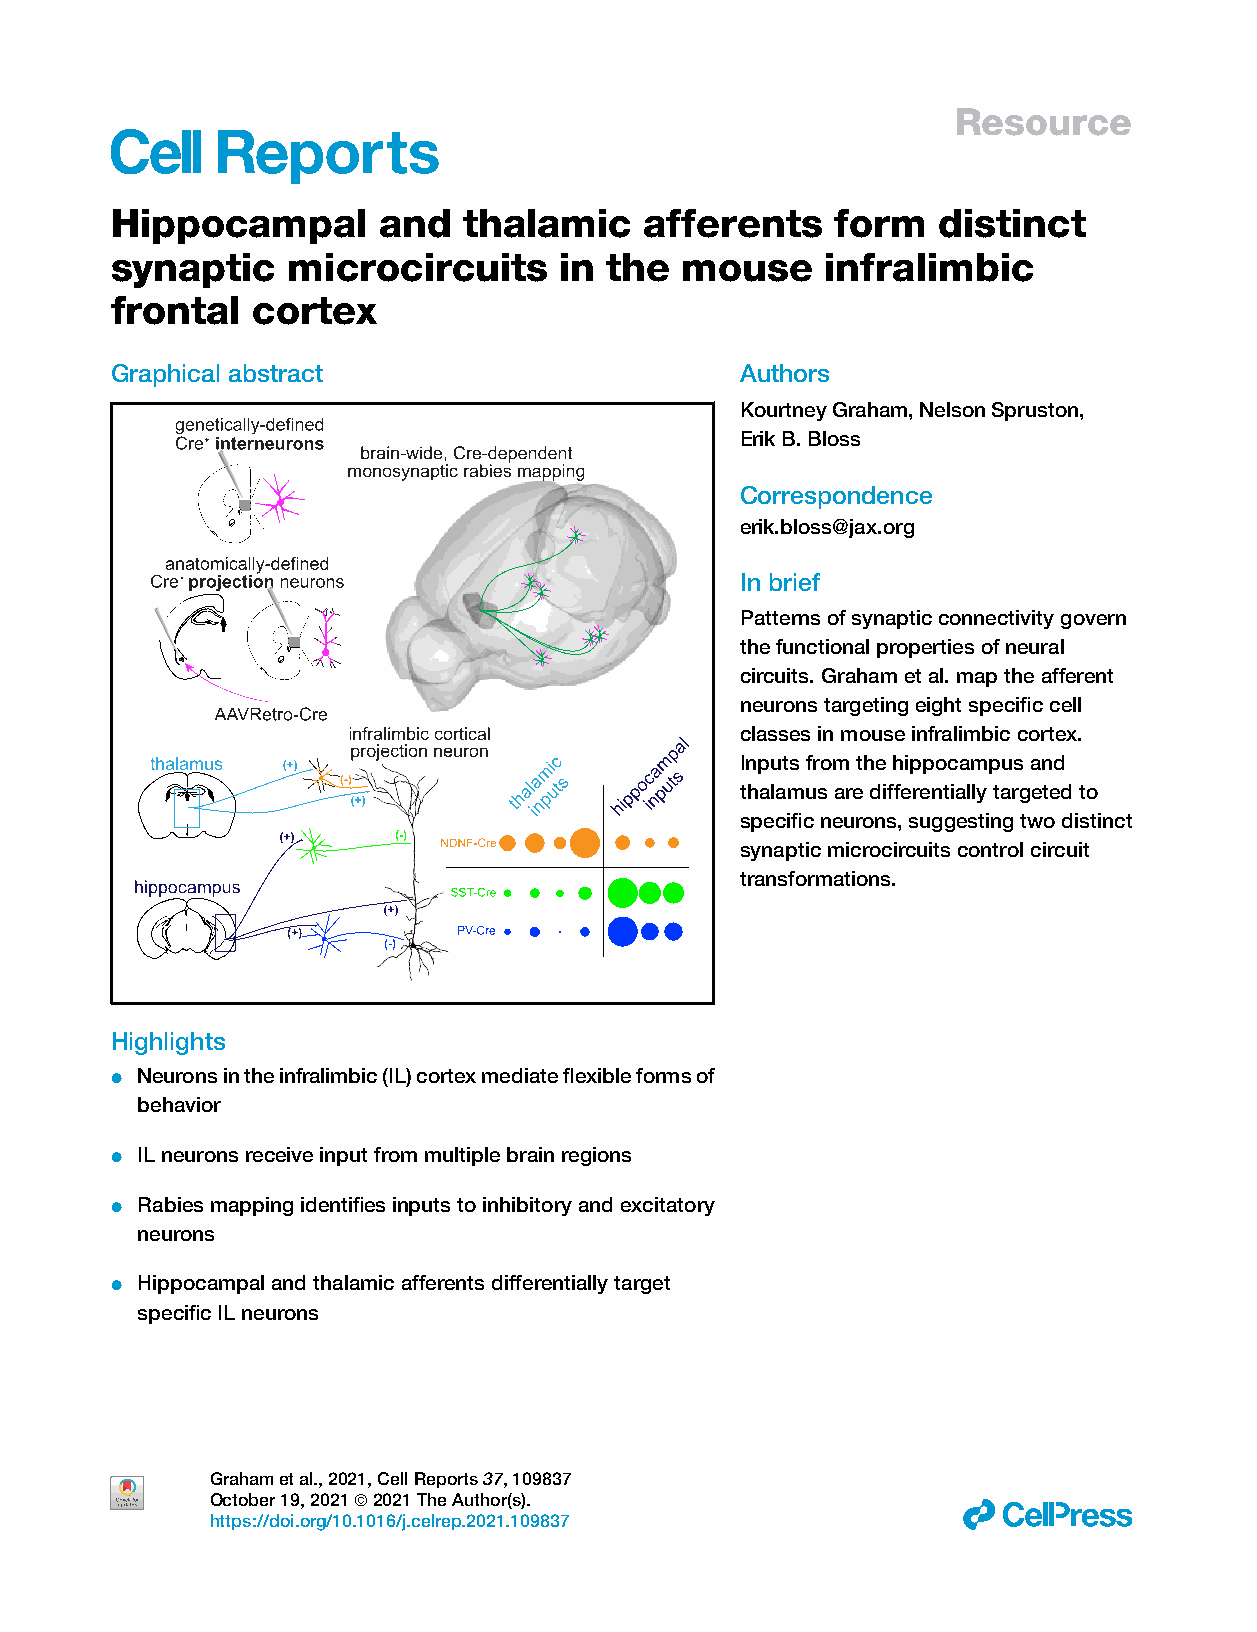
Resource
 Hippocampal       and   thalamic    afferents   form   distinct
 synaptic    microcircuits     in the  mouse     infralimbic
 frontal   cortex
 Graphical abstract                        Authors
 KourtneyGraham,NelsonSpruston,
 ErikB.Bloss
 Correspondence
 erik.bloss@jax.org
 In brief
 Patternsofsynapticconnectivitygovern
 thefunctionalpropertiesofneural
 circuits.Grahametal.maptheafferent
 neuronstargetingeightspecificcell
 classesinmouseinfralimbiccortex.
 Inputsfromthehippocampusand
 thalamusaredifferentiallytargetedto
 specificneurons,suggestingtwodistinct
 synapticmicrocircuitscontrolcircuit
 transformations.
 Highlights
 d Neuronsintheinfralimbic(IL)cortexmediateflexibleformsof
 behavior
 d ILneuronsreceiveinputfrommultiplebrainregions
 d Rabiesmappingidentifiesinputstoinhibitoryandexcitatory
 neurons
 d Hippocampalandthalamicafferentsdifferentiallytarget
 specificILneurons
 Grahametal.,2021,CellReports37,109837
 October19,2021ª2021TheAuthor(s).
 ll
 https://doi.org/10.1016/j.celrep.2021.109837